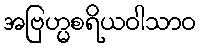
အဗြဟ္မစရိယဝါသာဝ